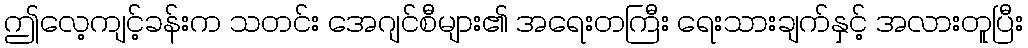
ဤလေ့ကျင့်ခန်းက သတင်း အေဂျင်စီများ၏ အရေးတကြီး ရေးသားချက်နှင့် အလားတူပြီး